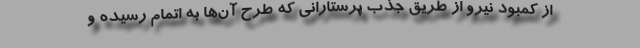
از کمبود نیرو از طریق جذب پرستارانی که طرح آن‌ها به اتمام رسیده و